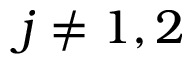
j \neq 1 , 2